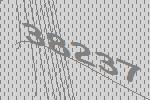
38237